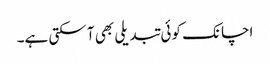
اچانک کوئی تبدیلی بھی آ سکتی ہے۔